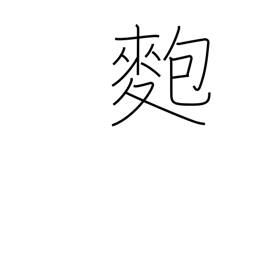
Meaning: sticky rice ball